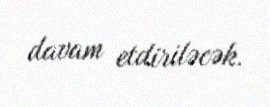
davam etdiriləcək.